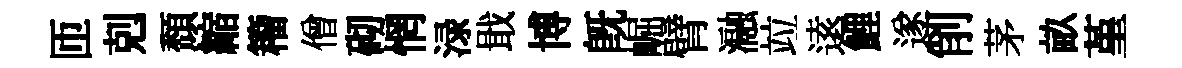
匝剋頹縮籕僧砌惘渌戢博既崛臂瀜竝逺鯉遂削茅畝堇